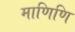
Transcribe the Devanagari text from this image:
माणिणि